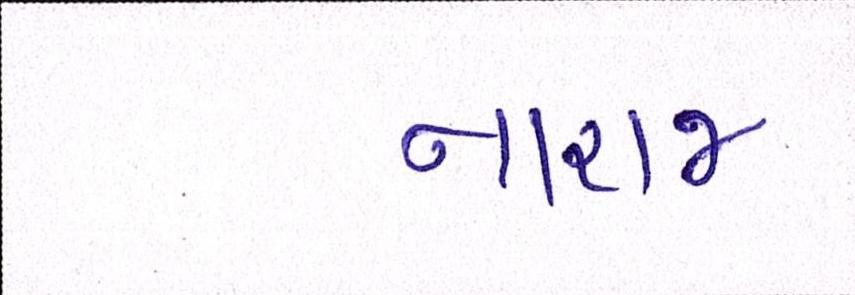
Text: નારાજ